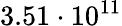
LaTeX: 3.51\cdot 10^{11}